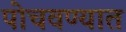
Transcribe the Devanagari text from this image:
पोचवण्यात